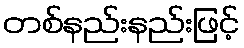
တစ်နည်းနည်းဖြင့်